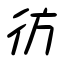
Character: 彷